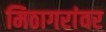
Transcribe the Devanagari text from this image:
मिठागरांवर